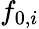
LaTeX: f_{0,i}